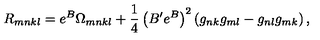
R _ { m n k l } = e ^ { B } \Omega _ { m n k l } + \frac { 1 } { 4 } \left( B ^ { \prime } e ^ { B } \right) ^ { 2 } \left( g _ { n k } g _ { m l } - g _ { n l } g _ { m k } \right) ,